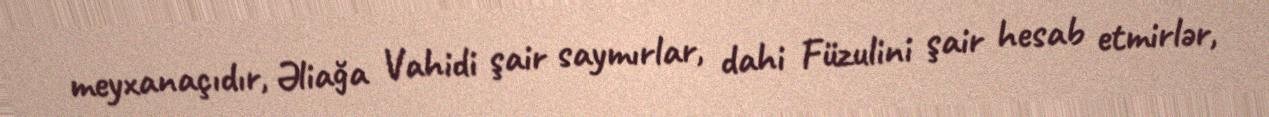
meyxanaçıdır, Əliağa Vahidi şair saymırlar, dahi Füzulini şair hesab etmirlər,